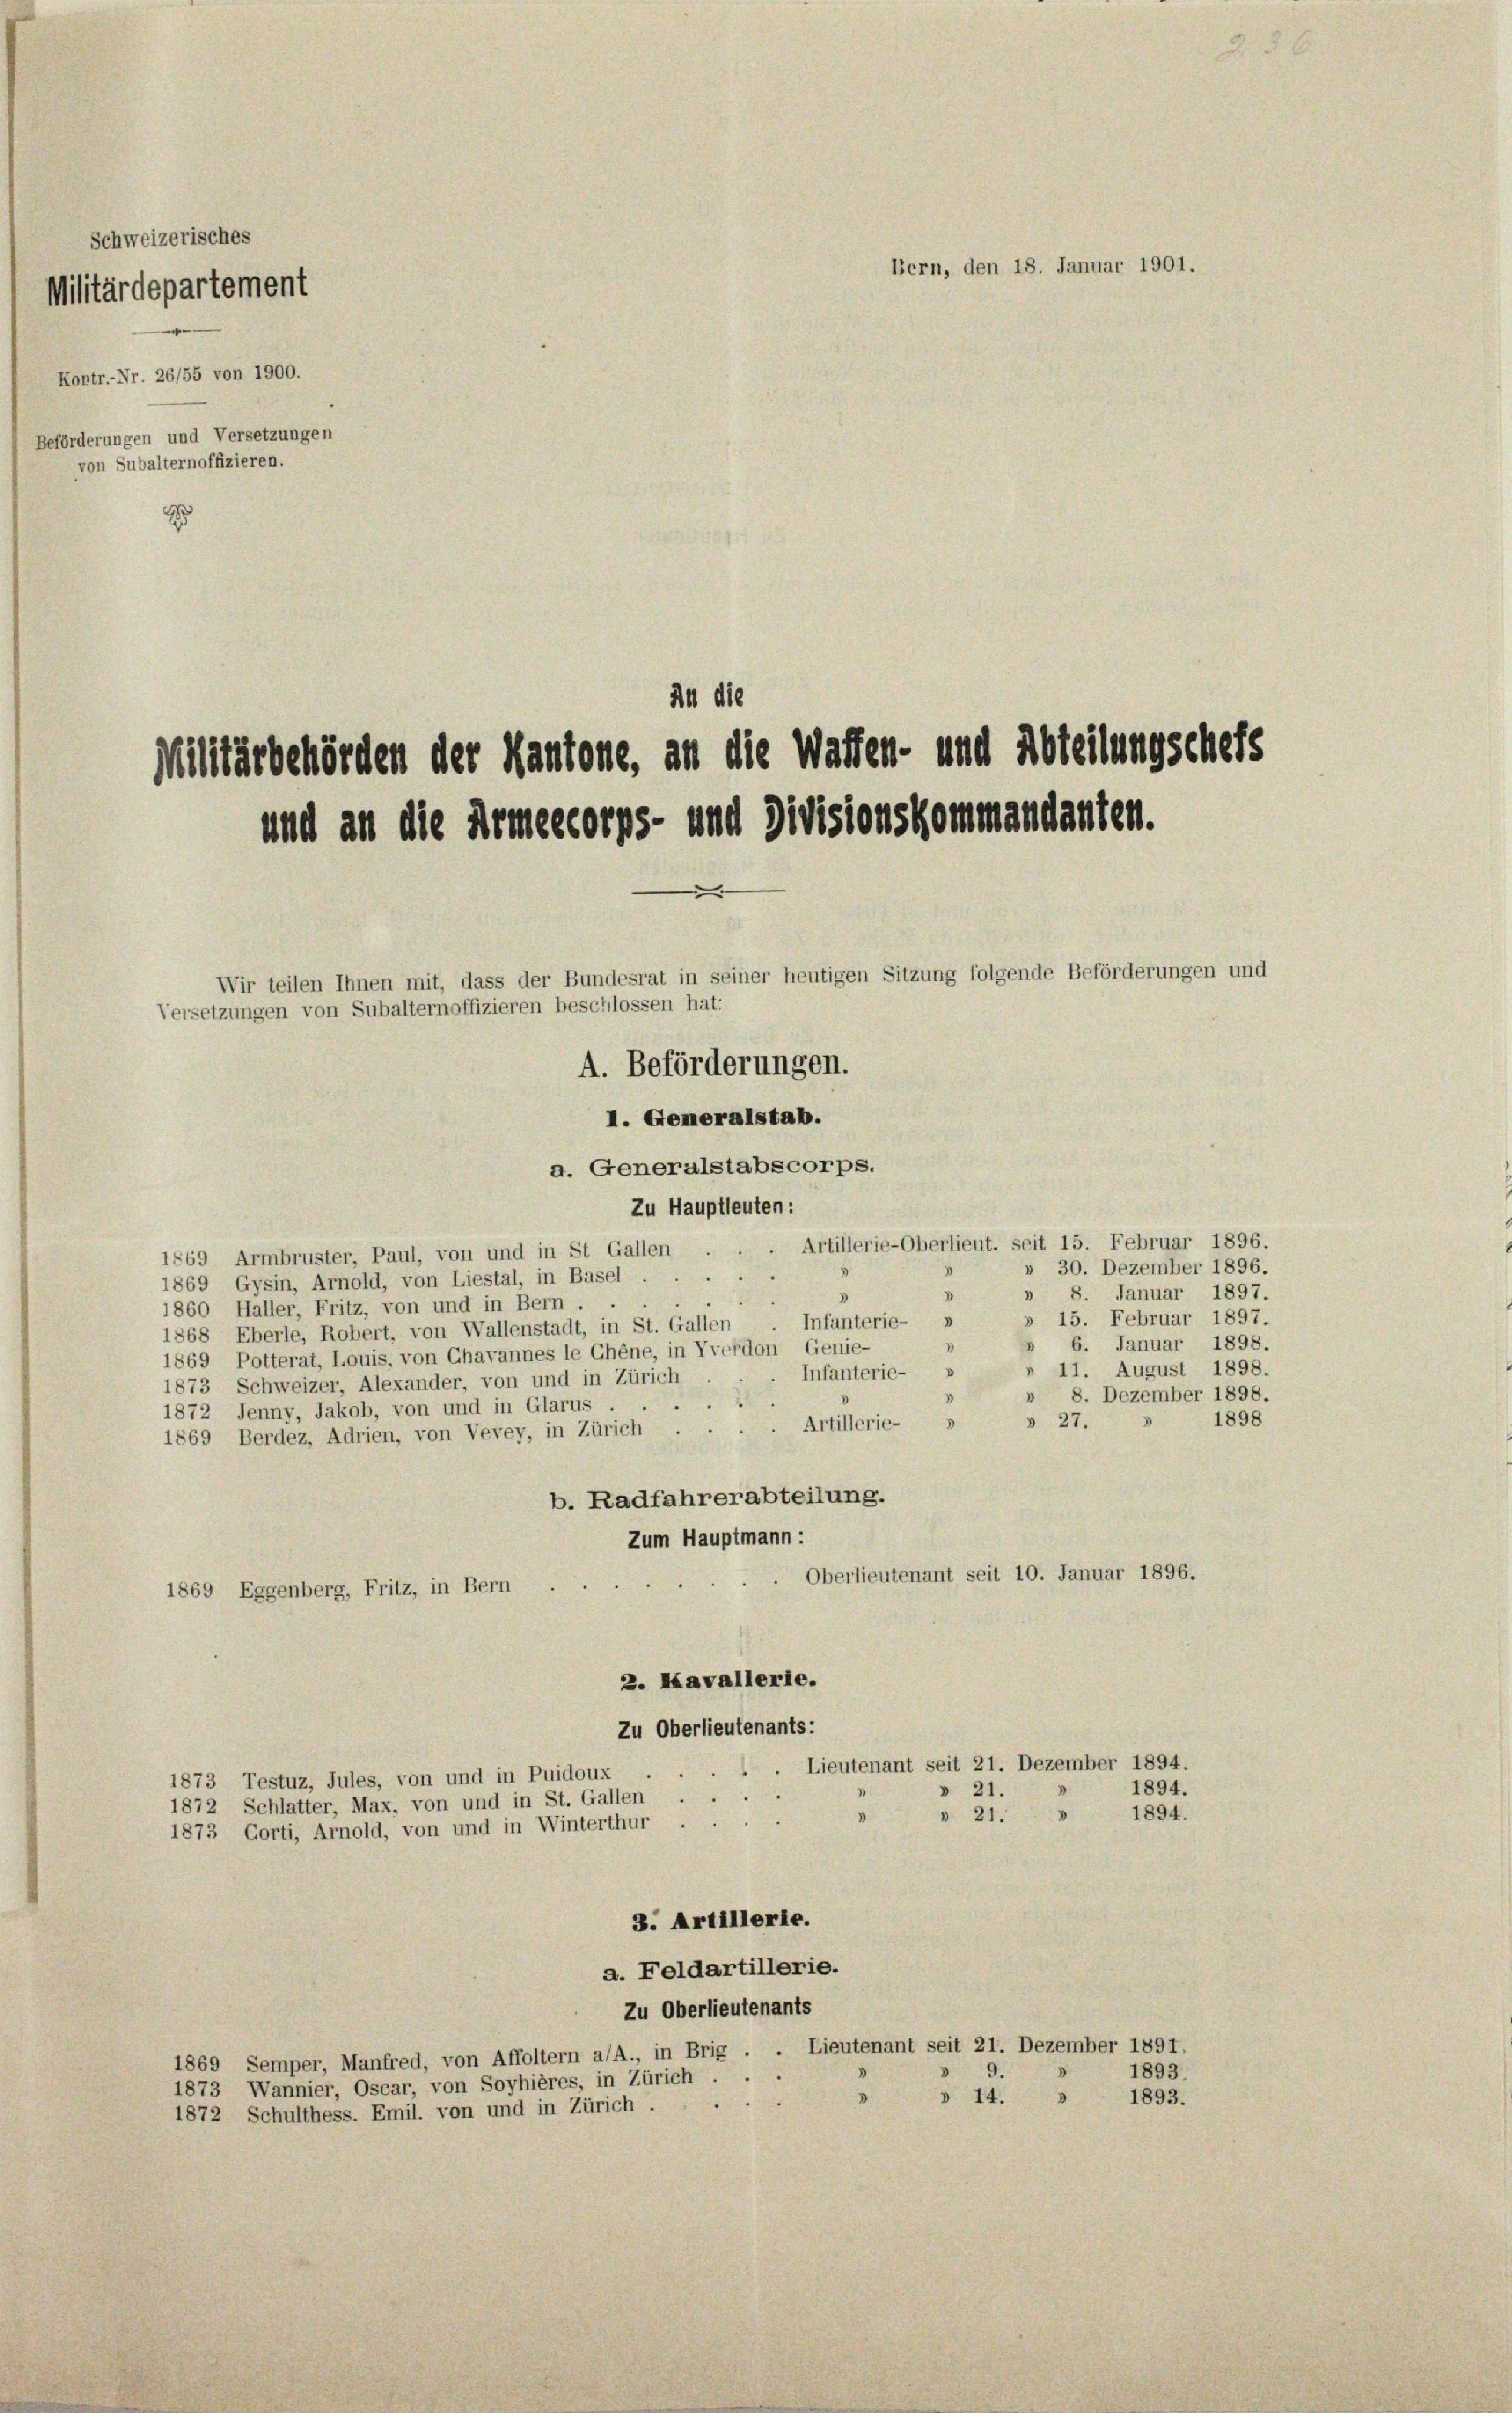
Schweizerisches
Militärdepartement
Kontr.-Nr. 26/55 von 1900.
Beförderungen und Versetzungen
von Subalternoffizieren.
z

An die
Militärbehörden der Kantone, an die Waffen- und Abteilungscheis
und an die Armeekorps- und Divisionskommandanten.
Wir teilen Ihnen mit, dass der Bundesrat in seiner heutigen Sitzung folgende Beförderungen und
Versetzungen von Subalternoffizieren beschlossen hat:
A. Beförderungen.

Bern, den 18. Januar 1901.

I. Generalstab.
a. Generalstabscorps.
Zu Hauptleuten:
Artillerie-Oberlieut. seit 15. Februar 1896.
1869 Armbruster, Paul, von und in St Gallen .
30. Dezember 1896.
u
1869 Gysin, Arnold, von Liestal, in Basel
» 8. Januar 1897.
3
1860 Haller, Fritz, von und in Bern.
» 15. Februar 1897.
"
Infanterie-
1868 Eberle, Robert, von Wallenstadt, in St. Gallen
 6. Januar 1898.
1869 Potterat, Louis, von Chavannes le Chene, in Vverdon Genie-
» 11. August 1898.
Infanterie-
.
1873 Schweizer, Alexander, von und in Zürich
» 8. Dezember 1898.
D
1872 Jenny, Jakob, von und in Glarus.
1898
" 27.
3
. Artillerie-
1869 Berdez, Adrien, von Vevey, in Zürich . .
b. Radfahrerabteilung.
Zum Hauptmann:
Oberlieutenant seit 10. Januar 1896.
1869 Eggenberg, Fritz, in Bern
2. Kavallerie.
Zu Oberlieutenants:
Lieutenant seit 21. Dezember 1894.
1873 Testuz, Jules, von und in Puidoux
1894.
» 21.
1872 Schlatter, Max, von und in St. Gallen
» 21. » 1894.
1873 Corti, Arnold, von und in Winterthur
3. Artillerle.
a. Feldartillerie.
Zu Oberlieutenants
Lieutenant seit 21. Dezember 1891.
1869 Semper, Manfred, von Affoltern a/A., in Brig
9
1893.
1873 Wannier, Oscar, von Soyhières, in Zürich.
"
» 14.
V
1893.
u
1872 Schulthess. Emil. von und in Zürich.